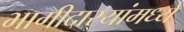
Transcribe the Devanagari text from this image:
भागीदार्‍यांमध्ये